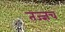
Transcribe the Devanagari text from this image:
तज्ज्ञच